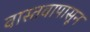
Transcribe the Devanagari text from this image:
वास्तवापासून